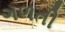
ગળતી